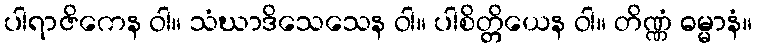
ပါရာဇိကေန ဝါ။ သံဃာဒိသေသေန ဝါ။ ပါစိတ္တိယေန ဝါ။ တိဏ္ဏံ ဓမ္မာနံ။